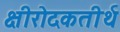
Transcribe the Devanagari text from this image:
क्षीरोदकतीर्थ